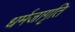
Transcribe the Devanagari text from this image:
धर्मजागृति